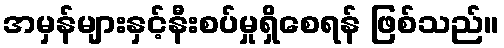
အမှန်များနှင့်နီးစပ်မှုရှိစေရန် ဖြစ်သည်။